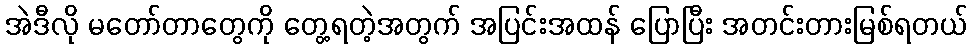
အဲဒီလို မတော်တာတွေကို တွေ့ရတဲ့အတွက် အပြင်းအထန် ပြောပြီး အတင်းတားမြစ်ရတယ်